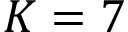
K = 7